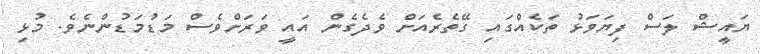
ޔައީޝް ލަސް ފިޔަވަޅު ތަކެއްގައި ގޭތެރެއަށް ވެދެގެން އައީ ވަރަށްވެސް މަޑުމަޑުންނެވެ. މުޅި